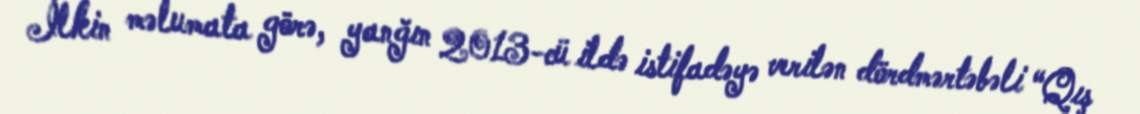
İlkin məlumata görə, yanğın 2013-cü ildə istifadəyə verilən dördmərtəbəli “Qış